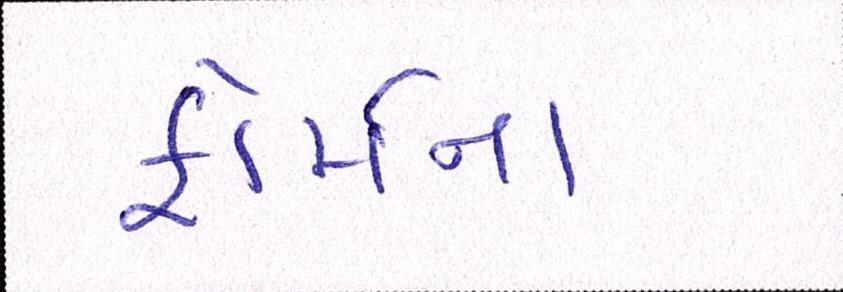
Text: ફોર્મના